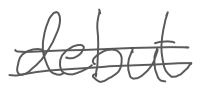
Text: debut
Cross-out: mix
Writing tool: digital_gray